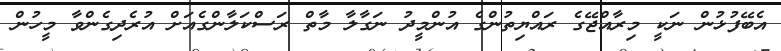
އެބޭފުޅުން ނަކީ މިރާއްޖޭގެ ރައްޔިތުންގެ އުންމީދު ނަގާލާ މާތް ރަސްކަލާންގެއަށް އުރެދިގެންވާ މީހުން